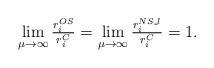
LaTeX: \begin{align*}\lim_{\mu\rightarrow\infty}\tfrac{r_i^{OS}}{r_i^C}=\lim_{\mu\rightarrow\infty}\tfrac{r_i^{NS\_l}}{r_i^C}=1.\end{align*}